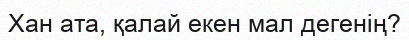
Хан ата, қалай екен мал дегенiң?